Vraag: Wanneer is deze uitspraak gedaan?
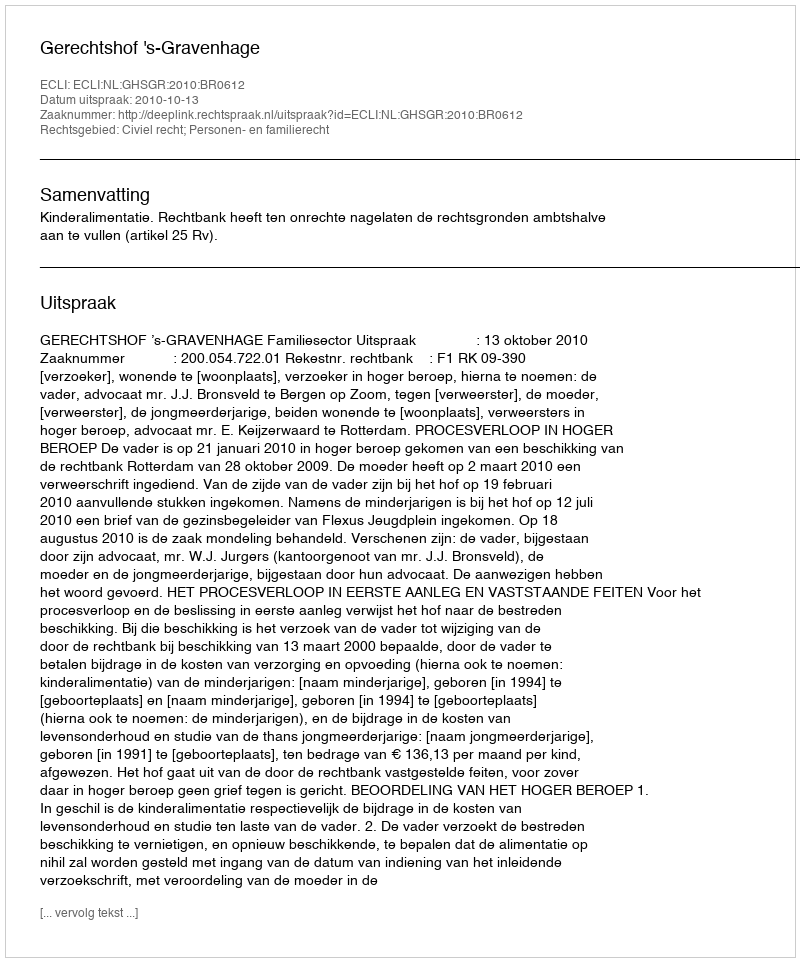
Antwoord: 2010-10-13